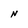
Character: N